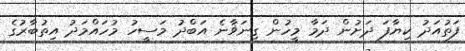
ފަތުއަދު ކިޔާފަ ދަށުން ދަމާ މީހުން ގިނަޥާނެ އަބްދު މަސީހު މުހައްމަދު އިތުބާރުގެ